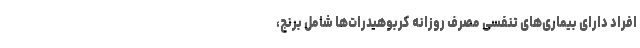
افراد دارای بیماری‌های تنفسی مصرف روزانه کربوهیدرات‌ها شامل برنج،